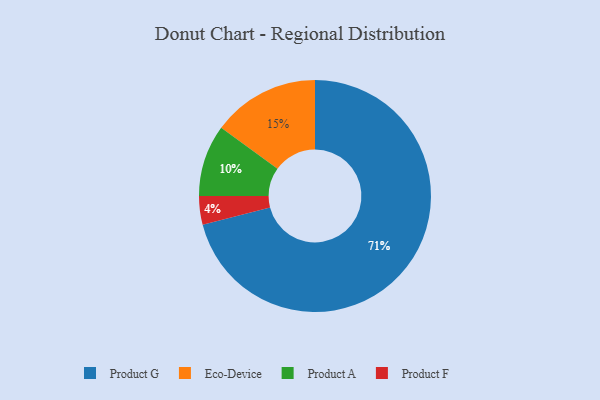
{"axis": {"x": "Category", "y": "Percentage"}, "legend": ["Eco-Device", "Product A", "Product F", "Product G"], "data": [{"x": "Eco-Device", "y": 15, "type": "Eco-Device"}, {"x": "Product G", "y": 71, "type": "Product G"}, {"x": "Product F", "y": 4, "type": "Product F"}, {"x": "Product A", "y": 10, "type": "Product A"}]}